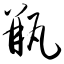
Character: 瓶